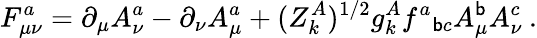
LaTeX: F_{\mu\nu}^{a}=\partial_{\mu}A_{\nu}^{a}-\partial_{\nu}A_{\mu}^{a}+(Z_{k}^{A})^{1/2}g_{k}^{A}f^{a}{}_{\mathsf{b}c}A_{\mu}^{\mathsf{b}}A_{\nu}^{c}\: .